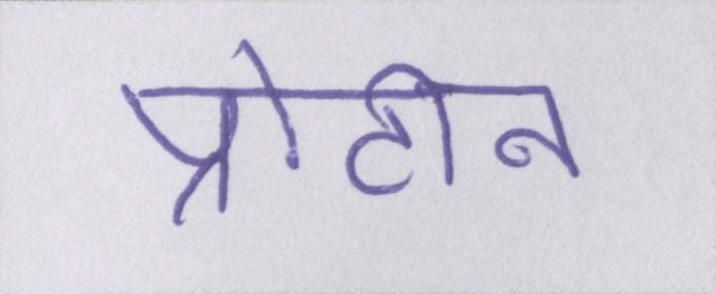
प्रोटीन